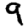
Digit: 9